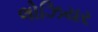
લોઝિયર